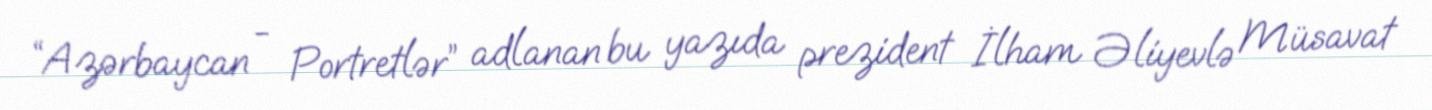
“Azərbaycan - Portretlər” adlanan bu yazıda prezident İlham Əliyevlə Müsavat